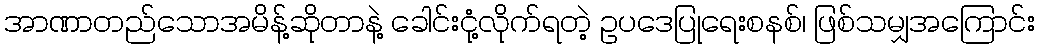
အာဏာတည်သောအမိန့်ဆိုတာနဲ့ ခေါင်းငုံ့လိုက်ရတဲ့ ဥပဒေပြုရေးစနစ်၊ ဖြစ်သမျှအကြောင်း